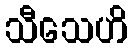
သီသေဟိ